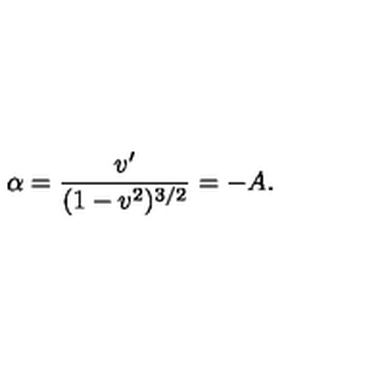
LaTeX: \alpha = \frac { v ^ { \prime } } { ( 1 - v ^ { 2 } ) ^ { 3 / 2 } } = - A .